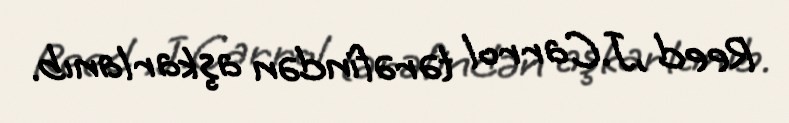
Reed ,J.Carrol tərəfindən aşkarlanıb.